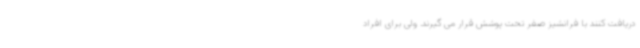
دریافت کنند با فرانشیز صفر تحت پوشش قرار می گیرند. ولی برای افراد